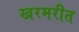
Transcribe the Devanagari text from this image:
खरमरीत